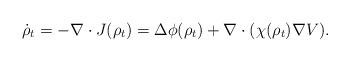
LaTeX: \begin{align*} \dot\rho_t = - \nabla\cdot J(\rho_t) = \Delta \phi(\rho_t)+\nabla\cdot(\chi(\rho_t)\nabla V).\end{align*}